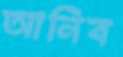
আনিব